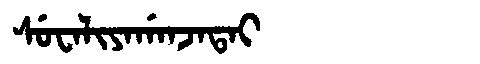
Manchu: ᠰᡠᠸᠠᠯᡳᠶᠠᡤᠠᠨᠵᠠᡨᠠᡳ
Romanization: SUWALIYAGANJATAI